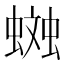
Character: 𧏎